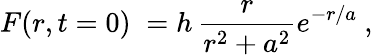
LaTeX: F(r,t=0)\; =h\, {\frac{r}{r^{2}+a^{2}}}e^{-{r/a}}\ ,